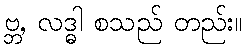
ဗ္ဘ, လဒ္ဓါ စသည် တည်း။